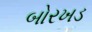
બોરખડ